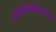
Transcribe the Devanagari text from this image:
आयएचएसडीपीकरिता